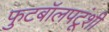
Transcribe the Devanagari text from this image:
फुटबॉलपटूंशी